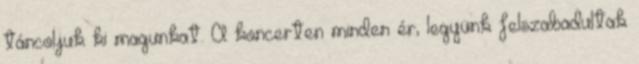
táncoljuk ki magunkat. A koncerten minden ér, legyünk felszabadultak